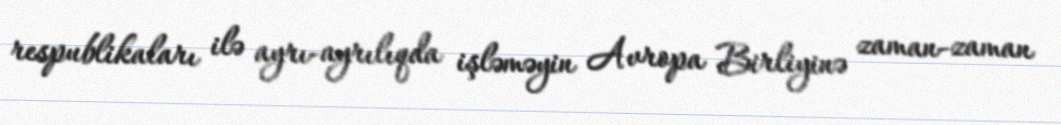
respublikaları ilə ayrı-ayrılıqda işləməyin Avropa Birliyinə zaman-zaman